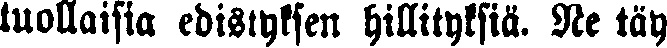
tuollaisia edistyksen hillityksiä. Ne täy